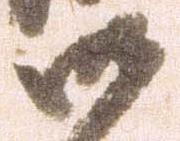
御